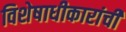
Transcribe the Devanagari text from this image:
विशेषाधीकारांची